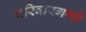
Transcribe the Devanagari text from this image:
परिवारगणों